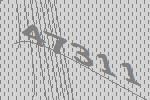
47311